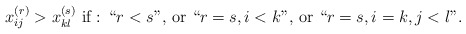
\begin{align*}\textrm{$x_{ij}^{(r)}>x_{kl}^{(s)}$ if : ``$r<s$'', or ``$r=s,i<k$'', or ``$r=s,i=k,j<l$''.}\end{align*}